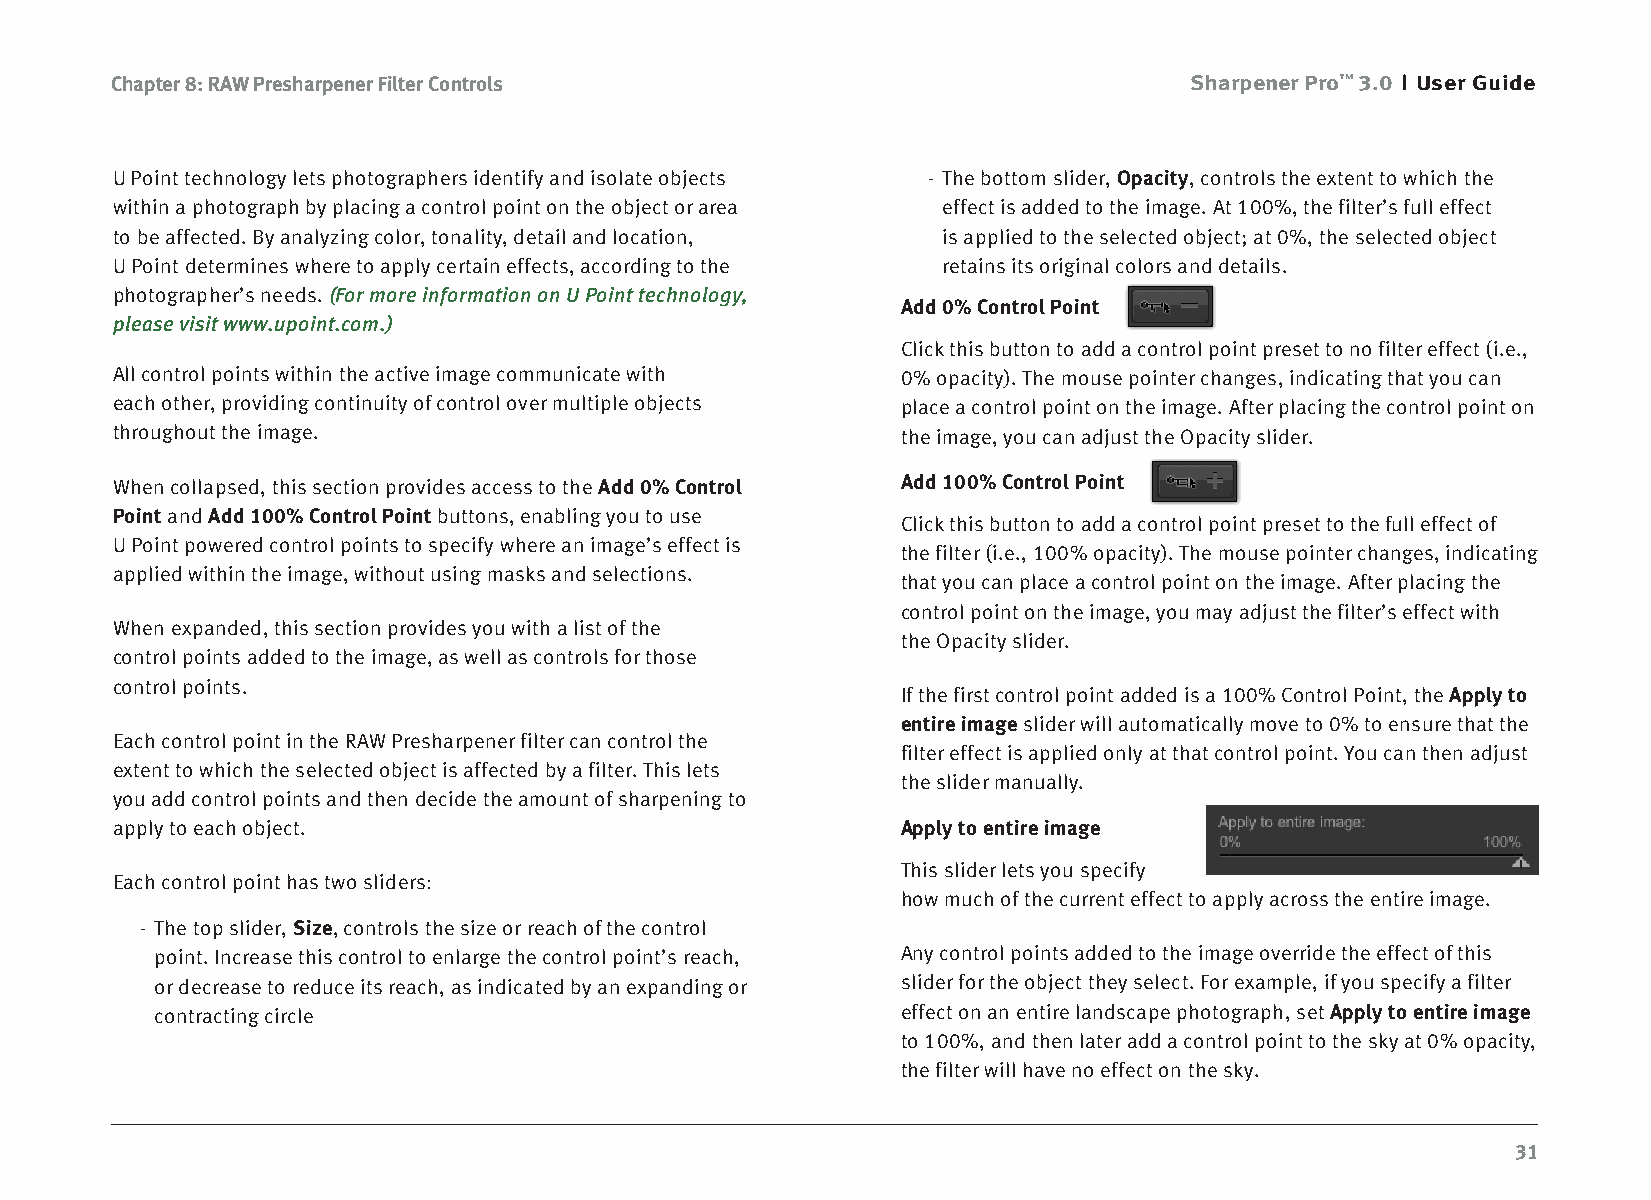
Chapter 8: RAW Presharpener Filter Controls                             Sharpener Pro™ 3.0 User Guide
 U Point technology lets photographers identify and isolate objects - The bottom slider, Opacity, controls the extent to which the
 within a photograph by placing a control point on the object or area effect is added to the image. At 100%, the filter’s full effect
 to be affected. By analyzing color, tonality, detail and location, is applied to the selected object; at 0%, the selected object
 U Point determines where to apply certain effects, according to the retains its original colors and details.
 photographer’s needs. (For more information on U Point technology,
 Add 0% Control Point
 please visit www.upoint.com.)
 Click this button to add a control point preset to no filter effect (i.e.,
 All control points within the active image communicate with 0% opacity). The mouse pointer changes, indicating that you can
 each other, providing continuity of control over multiple objects place a control point on the image. After placing the control point on
 throughout the image.                                the image, you can adjust the Opacity slider.
 When collapsed, this section provides access to the Add 0% Control Add 100% Control Point
 Point and Add 100% Control Point buttons, enabling you to use
 Click this button to add a control point preset to the full effect of
 U Point powered control points to specify where an image’s effect is
 the filter (i.e., 100% opacity). The mouse pointer changes, indicating
 applied within the image, without using masks and selections.
 that you can place a control point on the image. After placing the
 control point on the image, you may adjust the filter’s effect with
 When expanded, this section provides you with a list of the
 the Opacity slider.
 control points added to the image, as well as controls for those
 control points.
 If the first control point added is a 100% Control Point, the Apply to
 entire image slider will automatically move to 0% to ensure that the
 Each control point in the RAW Presharpener filter can control the
 filter effect is applied only at that control point. You can then adjust
 extent to which the selected object is affected by a filter. This lets
 the slider manually.
 you add control points and then decide the amount of sharpening to
 apply to each object.                                Apply to entire image
 This slider lets you specify
 Each control point has two sliders:
 how much of the current effect to apply across the entire image.
 - The top slider, Size, controls the size or reach of the control
 point. Increase this control to enlarge the control point’s reach, Any control points added to the image override the effect of this
 or decrease to reduce its reach, as indicated by an expanding or slider for the object they select. For example, if you specify a filter
 contracting circle                                effect on an entire landscape photograph, set Apply to entire image
 to 100%, and then later add a control point to the sky at 0% opacity,
 the filter will have no effect on the sky.
 31